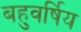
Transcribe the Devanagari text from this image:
बहुवर्षिय